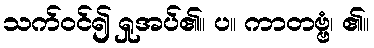
သက်ဝင်၍ ရှုအပ်၏။ ပ။ ကာတဗ္ဗံ၊ ၏။